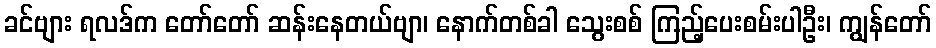
ခင်ဗျား ရလဒ်က တော်တော် ဆန်းနေတယ်ဗျာ၊ နောက်တစ်ခါ သွေးစစ် ကြည့်ပေးစမ်းပါဦး၊ ကျွန်တော်